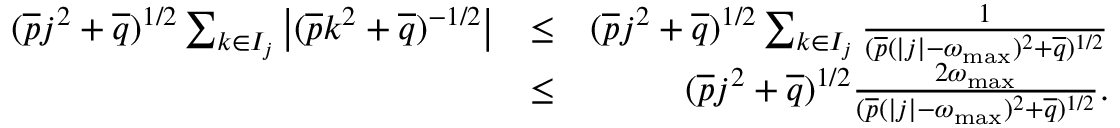
\begin{array} { r l r } { ( \overline { { p } } j ^ { 2 } + \overline { { q } } ) ^ { 1 / 2 } \sum _ { k \in I _ { j } } \left| ( \overline { { p } } k ^ { 2 } + \overline { { q } } ) ^ { - 1 / 2 } \right| } & { \leq } & { ( \overline { { p } } j ^ { 2 } + \overline { { q } } ) ^ { 1 / 2 } \sum _ { k \in I _ { j } } \frac { 1 } { ( \overline { { p } } ( | j | - \omega _ { \operatorname* { m a x } } ) ^ { 2 } + \overline { { q } } ) ^ { 1 / 2 } } } \\ & { \leq } & { ( \overline { { p } } j ^ { 2 } + \overline { { q } } ) ^ { 1 / 2 } \frac { 2 \omega _ { \operatorname* { m a x } } } { ( \overline { { p } } ( | j | - \omega _ { \operatorname* { m a x } } ) ^ { 2 } + \overline { { q } } ) ^ { 1 / 2 } } . } \end{array}